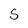
Character: 5